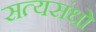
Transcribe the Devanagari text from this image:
सत्यसंधो